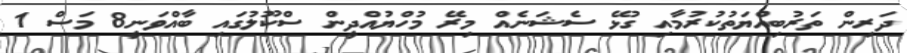
ދަރިން ތަރުބިއްޔަތުކުރުމާއި ގުޅޭ ސެޝަނެއް މިރޭ މުހްޔުއްދީން ސްކޫލުގައި ބާއްވަނީ8 މަސް 1